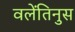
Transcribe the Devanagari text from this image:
वलेंतिनुस